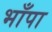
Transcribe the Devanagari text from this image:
भाँपा